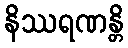
နိဿရဏန္တိ